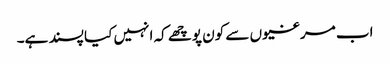
اب مرغیوں سے کون پوچھے کہ انہیں کیا پسند ہے۔